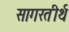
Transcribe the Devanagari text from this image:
सागरतीर्थ